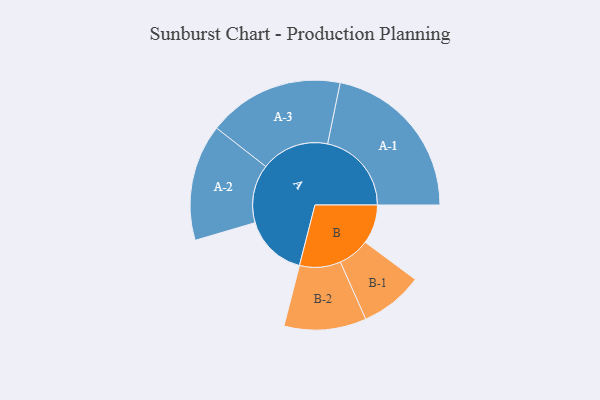
{"axis": {"x": "Segment", "y": "Value"}, "legend": ["", "A", "B"], "data": [{"x": "A", "y": 225, "type": ""}, {"x": "B", "y": 139, "type": ""}, {"x": "A-1", "y": 298, "type": "A"}, {"x": "A-2", "y": 207, "type": "A"}, {"x": "A-3", "y": 242, "type": "A"}, {"x": "B-1", "y": 112, "type": "B"}, {"x": "B-2", "y": 146, "type": "B"}]}